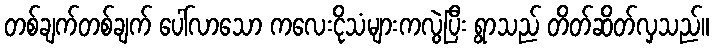
တစ်ချက်တစ်ချက် ပေါ်လာသော ကလေးငိုသံများကလွဲပြီး ရွာသည် တိတ်ဆိတ်လှသည်။